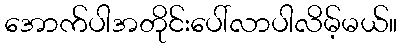
အောက်ပါအတိုင်းပေါ်လာပါလိမ့်မယ်။